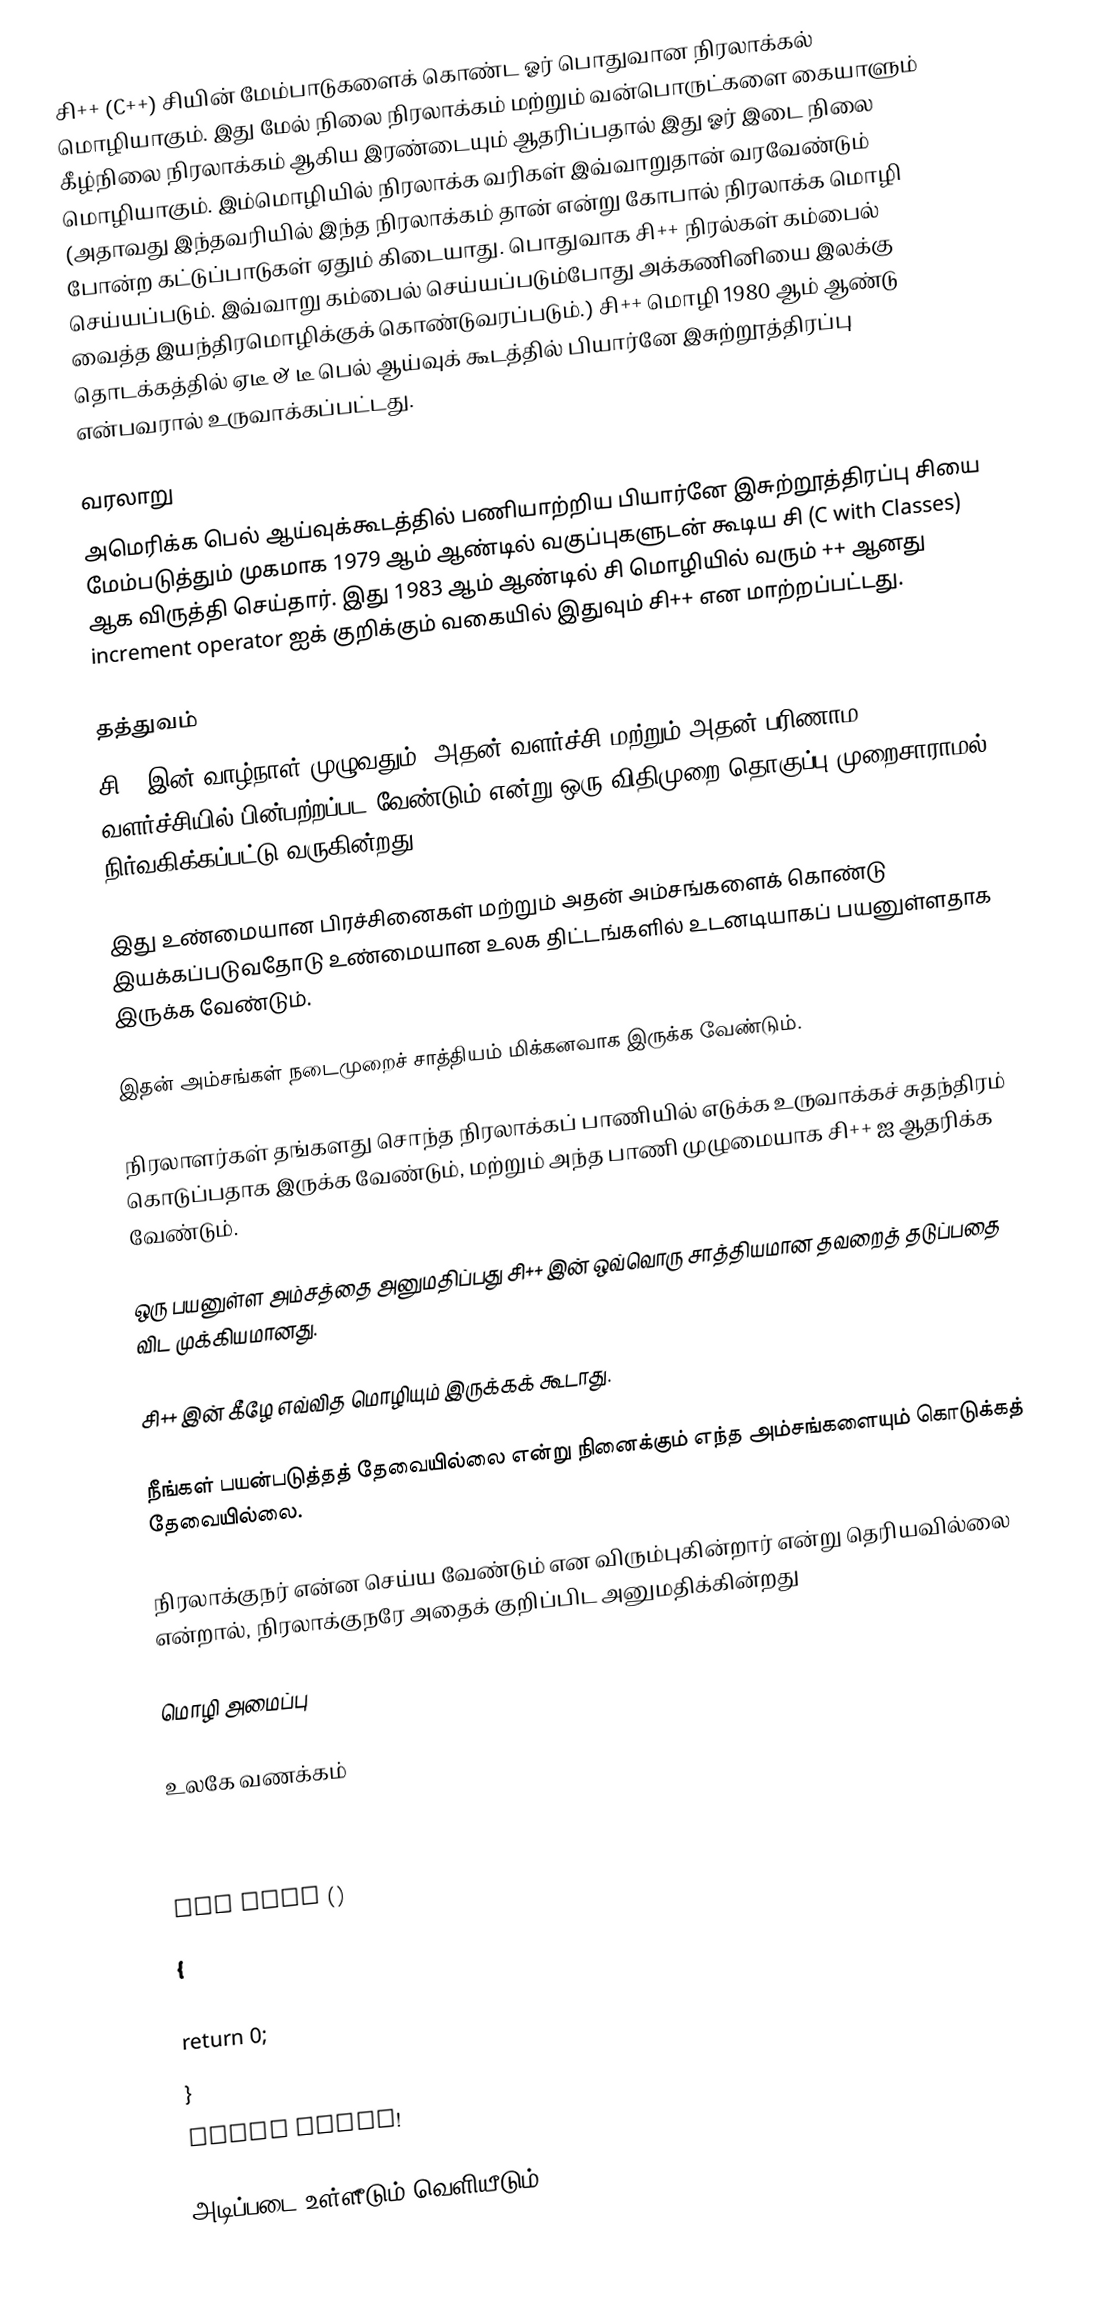
சி++ (C++) சியின் மேம்பாடுகளைக் கொண்ட ஓர் பொதுவான நிரலாக்கல் மொழியாகும். இது மேல் நிலை நிரலாக்கம் மற்றும் வன்பொருட்களை கையாளும் கீழ்நிலை நிரலாக்கம் ஆகிய இரண்டையும் ஆதரிப்பதால் இது ஓர் இடை நிலை மொழியாகும். இம்மொழியில் நிரலாக்க வரிகள் இவ்வாறுதான் வரவேண்டும் (அதாவது இந்தவரியில் இந்த நிரலாக்கம் தான் என்று கோபால் நிரலாக்க மொழி போன்ற கட்டுப்பாடுகள் ஏதும் கிடையாது. பொதுவாக சி++ நிரல்கள் கம்பைல் செய்யப்படும். இவ்வாறு கம்பைல் செய்யப்படும்போது அக்கணினியை இலக்கு வைத்த இயந்திரமொழிக்குக் கொண்டுவரப்படும்.) சி++ மொழி 1980 ஆம் ஆண்டு தொடக்கத்தில் ஏடீ & டீ பெல் ஆய்வுக் கூடத்தில் பியார்னே இசுற்றூத்திரப்பு என்பவரால் உருவாக்கப்பட்டது.

வரலாறு
அமெரிக்க பெல் ஆய்வுக்கூடத்தில் பணியாற்றிய பியார்னே இசுற்றூத்திரப்பு சியை மேம்படுத்தும் முகமாக 1979 ஆம் ஆண்டில் வகுப்புகளுடன் கூடிய சி (C with Classes) ஆக விருத்தி செய்தார். இது 1983 ஆம் ஆண்டில் சி மொழியில் வரும் ++ ஆனது increment operator ஐக் குறிக்கும் வகையில் இதுவும் சி++ என மாற்றப்பட்டது.

தத்துவம்
சி++ இன் வாழ்நாள் முழுவதும், அதன் வளர்ச்சி மற்றும் அதன் பரிணாம வளர்ச்சியில் பின்பற்றப்பட வேண்டும் என்று ஒரு விதிமுறை தொகுப்பு முறைசாராமல் நிர்வகிக்கப்பட்டு வருகின்றது.

 இது உண்மையான பிரச்சினைகள் மற்றும் அதன் அம்சங்களைக் கொண்டு இயக்கப்படுவதோடு உண்மையான உலக திட்டங்களில் உடனடியாகப் பயனுள்ளதாக இருக்க வேண்டும்.

 இதன் அம்சங்கள் நடைமுறைச் சாத்தியம் மிக்கனவாக இருக்க வேண்டும்.

 நிரலாளர்கள் தங்களது சொந்த நிரலாக்கப் பாணியில் எடுக்க உருவாக்கச் சுதந்திரம் கொடுப்பதாக இருக்க வேண்டும், மற்றும் அந்த பாணி முழுமையாக சி++ ஐ ஆதரிக்க வேண்டும்.

 ஒரு பயனுள்ள அம்சத்தை அனுமதிப்பது சி++ இன் ஒவ்வொரு சாத்தியமான தவறைத் தடுப்பதை விட முக்கியமானது.

 சி++ இன் கீழே எவ்வித மொழியும் இருக்கக் கூடாது.

 நீங்கள் பயன்படுத்தத் தேவையில்லை என்று நினைக்கும் எந்த அம்சங்களையும் கொடுக்கத் தேவையில்லை.

 நிரலாக்குநர் என்ன செய்ய வேண்டும் என விரும்புகின்றார் என்று தெரியவில்லை என்றால், நிரலாக்குநரே அதைக் குறிப்பிட அனுமதிக்கின்றது

மொழி அமைப்பு

உலகே வணக்கம்
# include <iostream>
using namespace std;

int main ()
{
  cout << "Hello World!";
  return 0;
}
Hello World!

அடிப்படை உள்ளீடும் வெளியீடும்